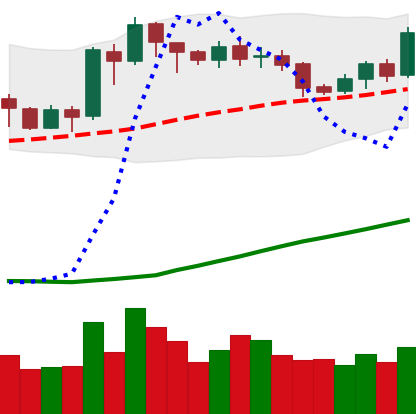
Ticker: ETH-USD
Chart end date: 2020-07-21
Forward return: 26.376%
Label: up_7plus